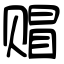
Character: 赗